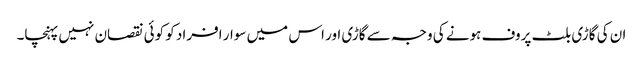
ان کی گاڑی بلٹ پروف ہونے کی وجہ سے گاڑی اور اس میں سوار افراد کو کوئی نقصان نہیں پہنچا۔